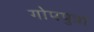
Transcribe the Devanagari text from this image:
गोपपुत्रों